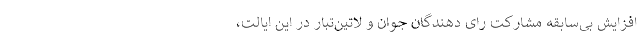
افزایش بی‌سابقه مشارکت رای دهندگان جوان و لاتین‌تبار در این ایالت،